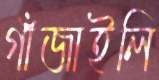
গাঁজাইলি